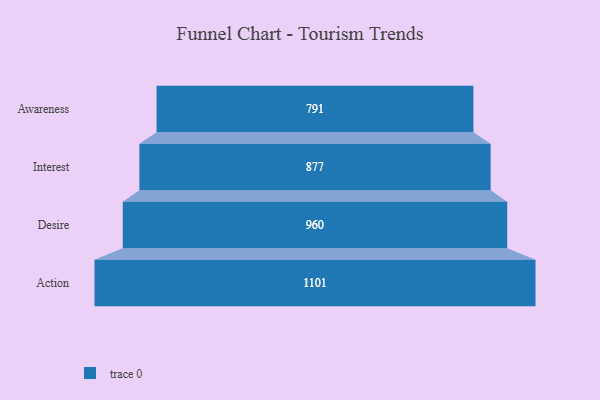
{"axis": {"x": "Stage", "y": "Value"}, "legend": [""], "data": [{"x": "Awareness", "y": 791.0, "type": ""}, {"x": "Interest", "y": 877.0, "type": ""}, {"x": "Desire", "y": 960.0, "type": ""}, {"x": "Action", "y": 1101.0, "type": ""}]}